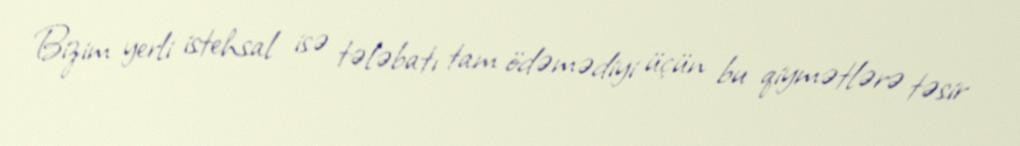
Bizim yerli istehsal isə tələbatı tam ödəmədiyi üçün bu qiymətlərə təsir